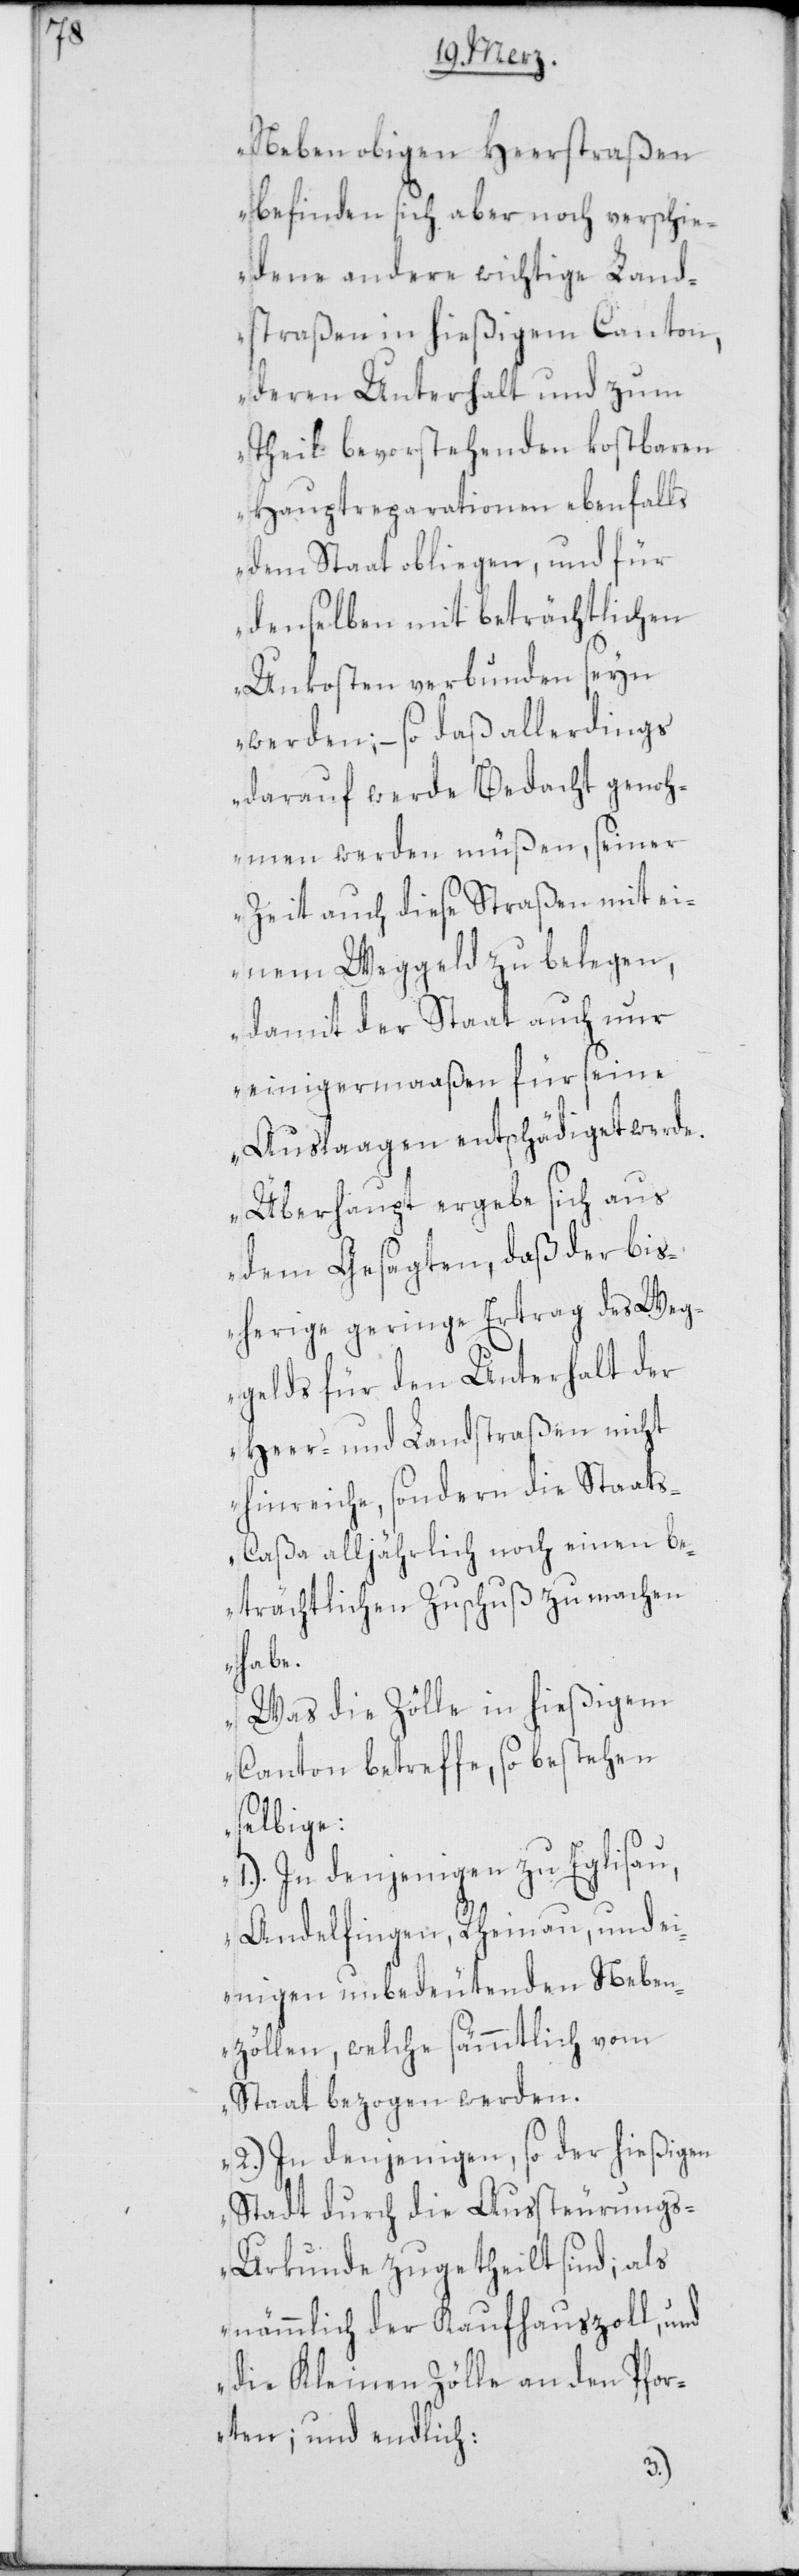
Neben obigen Heerstraßen
befinden sich aber noch verschie¬
dene andere wichtige Land¬
straßen in hießigem Canton,
deren Unterhalt und zum
Theil bevorstehenden kostbaren
Hauptreparationen ebenfalls
dem Staat obliegen, und für
denselben mit beträchtlichen
Unkosten verbunden seyn
werden; – so daß allerdings
darauf werde Bedacht genoh¬
men werden müßen, seiner
Zeit auch diese Straßen mit ei¬
nem Weggeld zu belegen,
damit der Staat auch nur
einigermaaßen für seine
Auslaagen entschädiget werde.
Überhaupt ergebe sich aus
dem Gesagten, daß der bis¬
herige geringe Ertrag des Weg¬
gelds für den Unterhalt der
Heer- und Landstraßen nicht
hinreiche, sondern die Staats¬
caßa alljährlich noch einen be¬
trächtlichen Zuschuß zu machen
habe.
Was die Zölle in hießigem
Canton betreffe, so bestehen
selbige:
1.) In denjenigen zu Eglisau,
Andelfingen, Rheinau, und ei¬
nigen unbedeutenden Neben¬
zöllen, welche sämmtlich vom
Staat bezogen werden.
2.) In denjenigen, so der hießigen
Stadt durch die Aussteurung¬
s-Urkunde zugetheilt sind; als
nämmlich der Kaufhauszoll, und
die Kleinen Zölle an den Pfor¬
ten; und endlich: